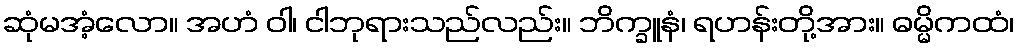
ဆုံမအံ့လော။ အဟံ ဝါ၊ ငါဘုရားသည်လည်း။ ဘိက္ခူနံ၊ ရဟန်းတို့အား။ ဓမ္မိကထံ၊